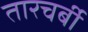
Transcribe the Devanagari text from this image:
तारचर्बी